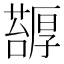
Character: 𠫅